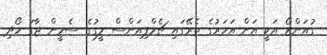
ގުއަންޒޯ އަކީ އަށް އަހަރުގެ ތެރޭގައި ޗެމްޕިއަންސް ލީގުގެ ސެމީން ޖާގަ ހޯދި